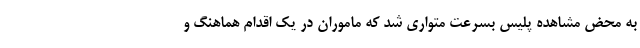
به محض مشاهده پلیس بسرعت متواری شد که ماموران در یک اقدام هماهنگ و